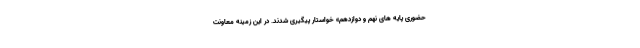
حضوری پایه های نهم و دوازدهم» خواستار پیگیری شدند. در این زمینه معاونت